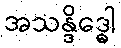
အသန္ဒိဒ္ဓေါ